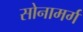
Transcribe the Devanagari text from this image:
सोनामर्ग